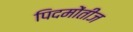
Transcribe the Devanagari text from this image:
पिदमोंतीज